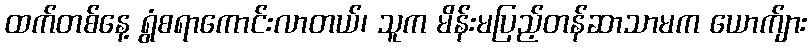
ထက်တစ်နေ့ ရွံစရာကောင်းလာတယ်၊ သူက မိန်းမပြည့်တန်ဆာသာမက ယောက်ျား